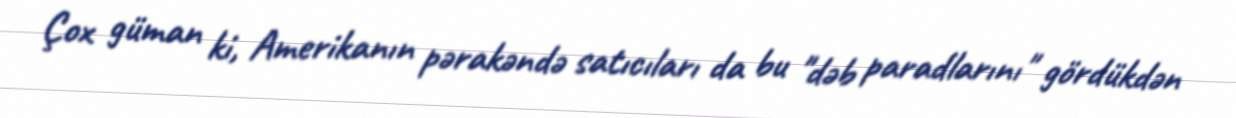
Çox güman ki, Amerikanın pərakəndə satıcıları da bu "dəb paradlarını" gördükdən